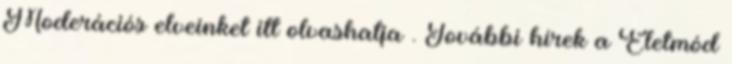
Moderációs elveinket itt olvashatja . További hírek a Életmód